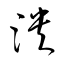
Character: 泱